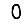
Digit: 0